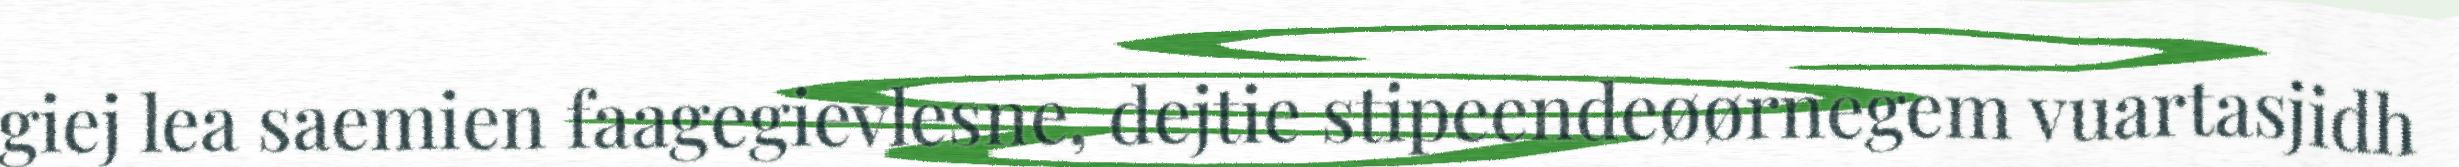
giej lea saemien faagegievlesne, dejtie stipeendeøørnegem vuartasjidh